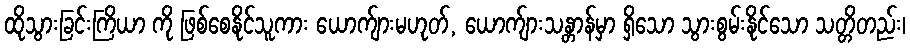
ထိုသွားခြင်းကြိယာ ကို ဖြစ်စေနိုင်သူကား ယောက်ျားမဟုတ်, ယောက်ျားသန္တာန်မှာ ရှိသော သွားစွမ်းနိုင်သော သတ္တိတည်း၊